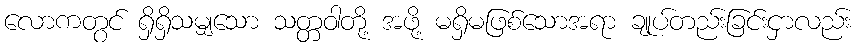
လောကတွင် ရှိရှိသမျှသော သတ္တဝါတို့ အဖို့ မရှိမဖြစ်သောအရာ ချုပ်တည်းခြင်းငှာလည်း